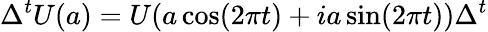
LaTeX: \Delta^{t}U(a)=U(a\cos(2\pi t)+ia\sin(2\pi t))\Delta^{t}